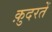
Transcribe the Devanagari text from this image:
क़ुदरतें